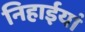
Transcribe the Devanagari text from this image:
निहाईयां